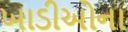
ખાડીઓના